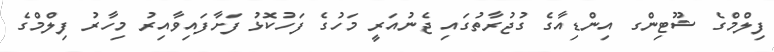
ފިލްމްގެ ޝޫޓިންގ އިންޑިއާގެ ގުޖުރާތުގައި ޖެނުއަރީ މަހުގެ ފަހުކޮޅު ފަށާފައިވާއިރު މިހާރު ފިލްމްގެ